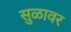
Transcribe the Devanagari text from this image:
सुळावर